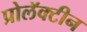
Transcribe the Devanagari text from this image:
प्रोलॅक्टीन